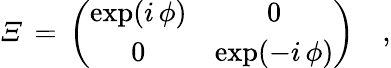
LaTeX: {\mit\Xi}\, =\, \left(\begin{array}{cc}{{\exp(i\, \phi)}}&{{0}}\\ {{0}}&{{\exp(-i\, \phi)}}\end{array}\right)\quad,